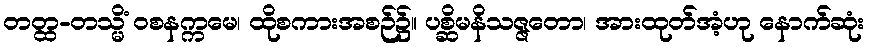
တတ္ထ-တသ္မိံ ဝစနက္ကမေ၊ ထိုစကားအစဉ်၌။ ပစ္ဆိမနိသဇ္ဇတော၊ အားထုတ်အံ့ဟု နောက်ဆုံး